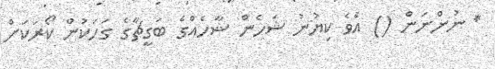
* ނުންނަން () އެވެ ކިޔުނު ޝަހެން ޝާހެއްގެ ބަގީޗާގެ ގަހަކުން ކޯރަކަށް